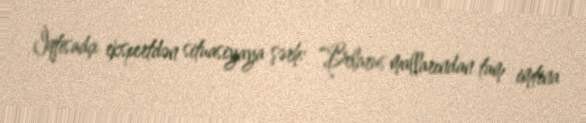
İqtisadçı ekspertdən situasiyaya şərh: “Belarus mallarından tam imtina